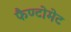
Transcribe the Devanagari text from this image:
फैण्टोमेट